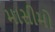
માસીમો